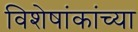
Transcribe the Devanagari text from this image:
विशेषांकांच्या